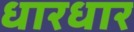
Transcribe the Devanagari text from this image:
धारधार